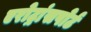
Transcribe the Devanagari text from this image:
एरोट्रांसपोर्ट